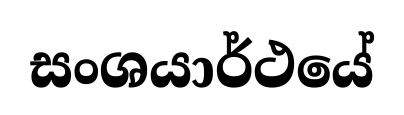
සංශයාර්ථයේ